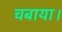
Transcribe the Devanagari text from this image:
चबाया।